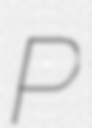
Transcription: P